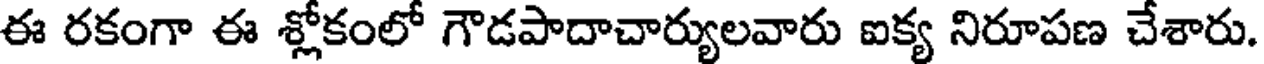
ఈ రకంగా ఈ శ్లోకంలో గౌడపాదాచార్యులవారు ఐక్య నిరూపణ చేశారు.